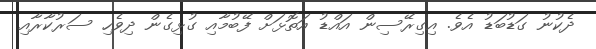
ދެކުނު ގަޑުބަޑު އެވެ. އިގިރޭސިން އައްޑު އަތޮޅަށް ފޭބުމާއި ގުޅިގެން ދިވެހި ސަރުކާރާއި